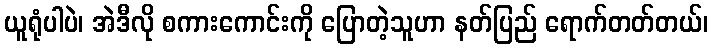
ယူရုံပါပဲ၊ အဲဒီလို စကားကောင်းကို ပြောတဲ့သူဟာ နတ်ပြည် ရောက်တတ်တယ်၊